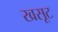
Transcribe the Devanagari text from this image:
खसूट